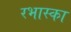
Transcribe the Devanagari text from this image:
रभास्‍का